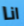
انا